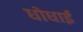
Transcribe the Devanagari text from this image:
धोधाई